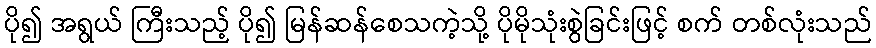
ပို၍ အရွယ် ကြီးသည့် ပို၍ မြန်ဆန်စေသကဲ့သို့ ပိုမိုသုံးစွဲခြင်းဖြင့် စက် တစ်လုံးသည်